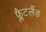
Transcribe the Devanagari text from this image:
फ्लैटलैंड